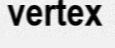
vertex